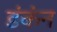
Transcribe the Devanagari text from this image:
डंकंन